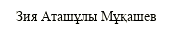
Зия Аташұлы Мұқашев